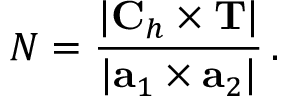
{ \cal N } = \frac { | { \bf C } _ { h } \times { \bf T } | } { | { \bf a } _ { 1 } \times { \bf a } _ { 2 } | } \, .